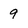
Character: 9